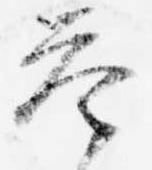
答